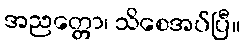
အညတ္တော၊ သိစေအပ်ပြီ။